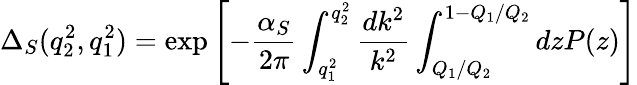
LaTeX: \Delta_{S}(q_{2}^{2},q_{1}^{2})=\exp\left[-{\frac{\alpha_{S}}{2\pi}}\int_{q_{1}^{2}}^{q_{2}^{2}}{\frac{dk^{2}}{k^{2}}}\int_{Q_{1}/Q_{2}}^{1-Q_{1}/Q_{2}}{dzP(z)}\right]